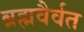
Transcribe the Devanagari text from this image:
ब्रह्मवैर्वत